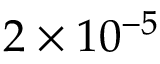
2 \times 1 0 ^ { - 5 }